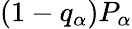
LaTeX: (1-q_{\alpha})P_{\alpha}